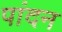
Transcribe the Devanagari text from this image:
पांदन